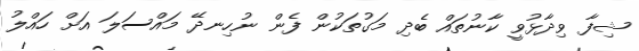
ޝިފާ ވިދާޅުވީ ކާނުތައް ބެދި މަގުތަކުން ފެން ނުހިނދޭ މައްސަލަ އަށް ހައްލު